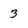
Character: 3